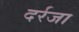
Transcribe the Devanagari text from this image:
दर्रजा